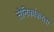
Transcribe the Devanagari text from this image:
सैनिकांकरता